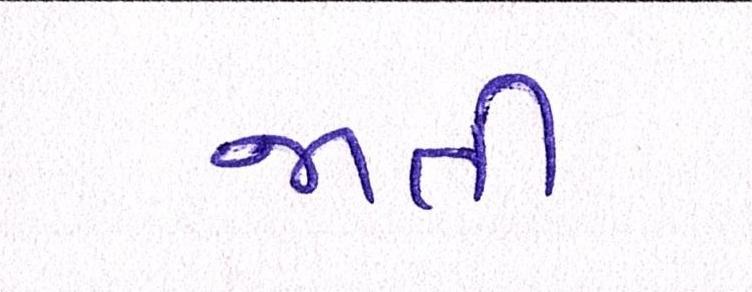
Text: જાતી